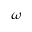
\omega